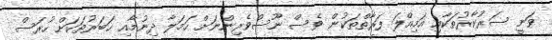
ވަނީ ސަރުކާރުތަކާއި އަމިއްލަ ފަރާތްތަކުން ވެސް ނޫސްވެރިންނަށް ހަމަލާ ދިނުމާއި ޚަބަރުތަކަށް ހުރަސް